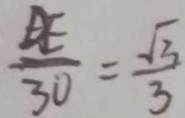
\frac { D E } { 3 0 } = \frac { \sqrt { 3 } } { 3 }